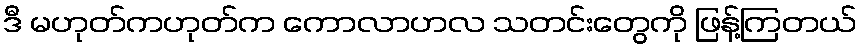
ဒီ မဟုတ်ကဟုတ်က ကောလာဟလ သတင်းတွေကို ဖြန့်ကြတယ်